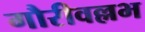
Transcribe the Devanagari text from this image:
गौरीवल्लभ